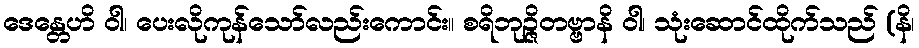
ဒေန္တေဟိ ဝါ၊ ပေးလိုကုန်သော်လည်းကောင်း။ စရိဘုဉ္ဇိတဗ္ဗာနိ ဝါ၊ သုံးဆောင်ထိုက်သည် (နိ၊